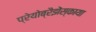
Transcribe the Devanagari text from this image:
प्रेयोब्रैझेंस्काया